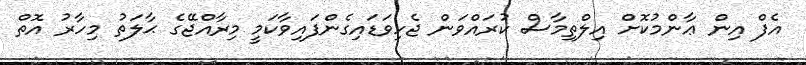
އެފް އިން ޢާންމުކޮށް އިލްތިމާސް ކުރައްވަން ޖެހިވަޑައިގެންފައިވާކަމީ މިރާއްޖޭގެ ޙާލަތު މިހާރު އޮތް